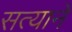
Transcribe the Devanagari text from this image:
सत्याने